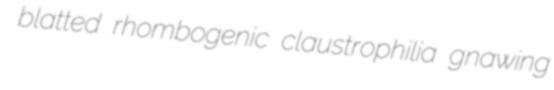
blatted rhombogenic claustrophilia gnawing